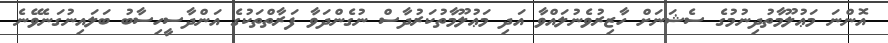
އޮންނަ މަޢުލޫމާތުދިނުމުގެ ސެޝަނަށް ހާޒިރުވެނުލައްވާ އަދި މަޢުލޫމާތުކަރުދާސް ނުގެންދަވާ ފަރާތްތަކުގެ އަންދާސީހިސާބު ބަލައިނުގަނެވޭނެ